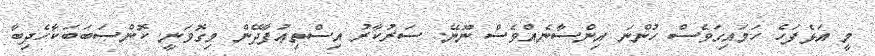
މީ އަޅެފަހެ ހަމައިގަވެސް ހުންނަ އިންސާނެއްވެސް ނޫނޭ. ސަރުކާރު އިސްތިޢުފާދޭން މިގޮވަނީ. ކޮންސަބަބަކާހެދިބާ